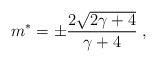
LaTeX: \begin{align*}m\sp * = \pm { 2\sqrt{2\gamma + 4} \over \gamma + 4} \;, \end{align*}